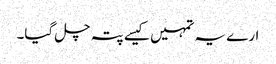
ارے یہ تمہیں کیسے پتہ چل گیا۔